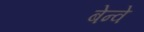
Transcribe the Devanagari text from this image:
बेन्वे